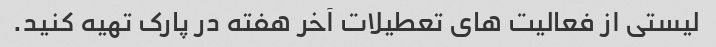
لیستی از فعالیت های تعطیلات آخر هفته در پارک تهیه کنید.